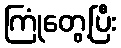
ကြုံတွေ့ပြီး